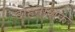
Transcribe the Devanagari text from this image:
दाहनाशक